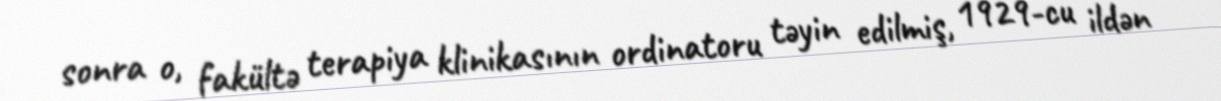
sonra o, fakültə terapiya klinikasının ordinatoru təyin edilmiş, 1929-cu ildən